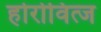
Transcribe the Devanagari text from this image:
होरोवित्ज